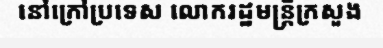
នៅក្រៅប្រទេស លោករដ្ឋមន្ត្រីក្រសួង